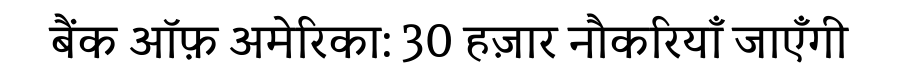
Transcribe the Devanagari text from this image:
बैंक ऑफ़ अमेरिका: 30 हज़ार नौकरियाँ जाएँगी